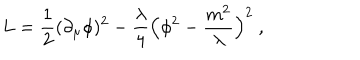
LaTeX: L = { \frac { 1 } { 2 } } ( \partial _ { \mu } \phi ) ^ { 2 } - { \frac { \lambda } { 4 } } \Bigl ( \phi ^ { 2 } - { \frac { m ^ { 2 } } { \lambda } } \Bigr ) ^ { 2 } \ ,